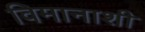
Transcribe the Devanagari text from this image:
विमानाशी